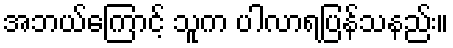
အဘယ်ကြောင့် သူက ပါလာရပြန်သနည်း။